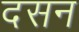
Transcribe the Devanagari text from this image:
दसन